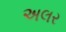
અલર